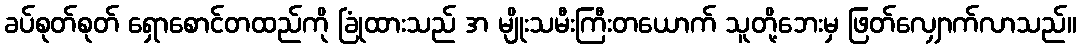
ခပ်စုတ်စုတ် ရှောစောင်တထည်ကို ခြုံထားသည် အ မျိုးသမီးကြီးတယောက် သူတို့ဘေးမှ ဖြတ်လျှောက်လာသည်။